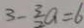
3 - \frac { 3 } { 2 } a = 6